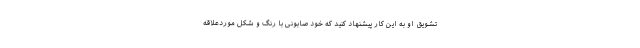
تشویق او به این کار پیشنهاد کنید که خود صابونی با رنگ و شکل موردعلاقه